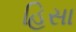
હિસા